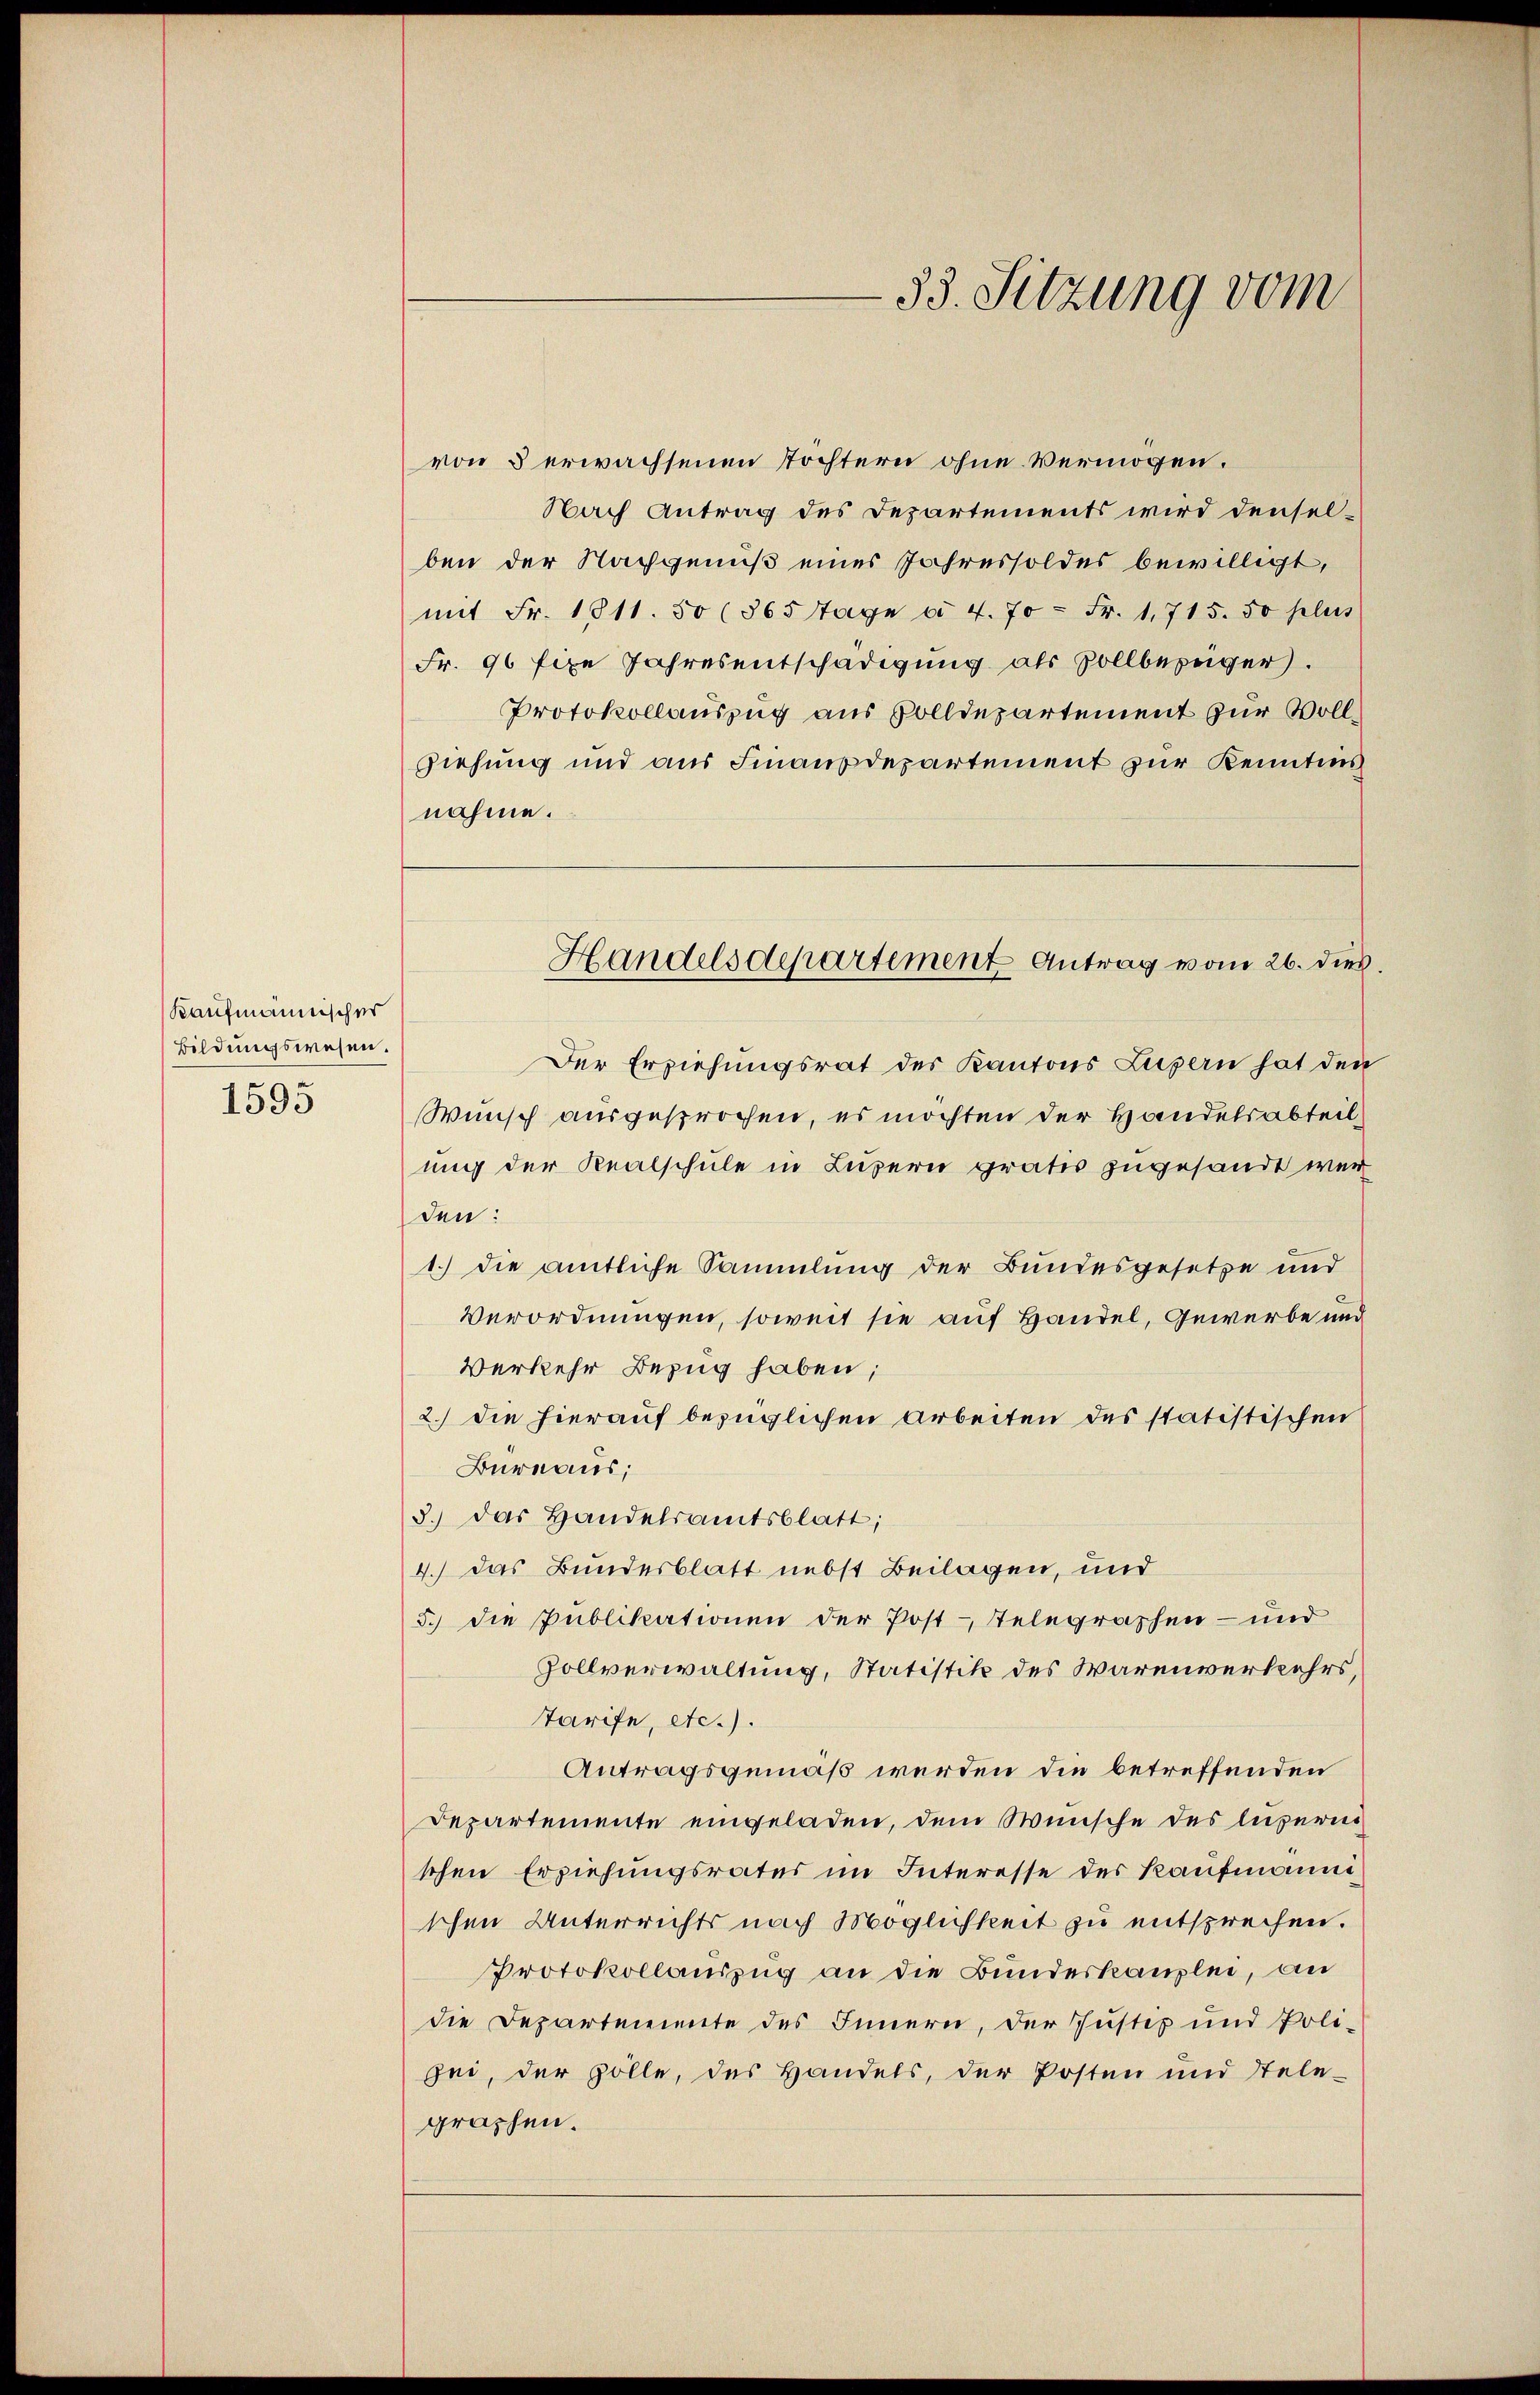
Kaufmännischer
Bildungswesen.
1595

von 3 erwachsenen Tochtern ohne Vermögen.
Nach Antrag des Departements wird densel-
ben der Nachgenuß eines Jahressoldes bewilligt,
mit Fr. 1811. 50 (865 Tage à 4. 70 Fr. 1715. 50 plus
Fr. 96 fixe Jahresentschädigung als Sollbezüger.
Protokollauszug aus Volldepartement zur Voll¬
Ziehung und aus Finanzdepartement zur Kenntnis
nahme.
Der Erziehungsrat des Kantons Luzern hat den
Wunsch ausgesprochen, es möchten der Handelsabteilung der Realschule in Luzern gratis zugesandt werden:
1.) Die amtliche Sammlung der Bundesgesetze und
Verordnungen, soweit sie auf Handel, Gewerbe und
Verkehr Bezug haben;
2.) Die hierauf bezüglichen Arbeiten des statistischen
Bureaus;
3.) Das Handelsamtsblatt;
4.) Das Bundesblatt nebst Beilagen, und
5.) Die Publikationen der Post-Telegraphen- und
Zollverwaltung, Statistik des Warenverkehrs,
Tarife, etc.).
Antragsgemäß werden die betreffenden
Departemente eingeladen, dem Wunsche des luzern
schen Erziehungsrates im Interesse des Kaufmänni
schen Unterrichts nach Möglichkeit zu entsprechen.
Protokollauszug an die Bundeskanzlei, an
die Departemente des Innern, der Justiz und Poli-
sei, der solle, das Handels, der Posten und Tele-
graphen.

33. Sitzung vom

Handelsdepartement Antrag vom 26. dies